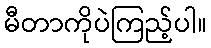
မီတာကိုပဲကြည့်ပါ။